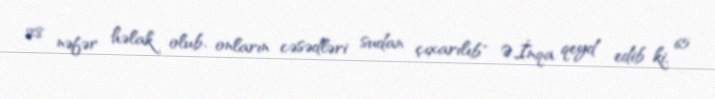
28 nəfər həlak olub, onların cəsədləri sudan çıxarılıb" Ə.İnqa qeyd edib ki, 65